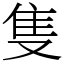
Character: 隻